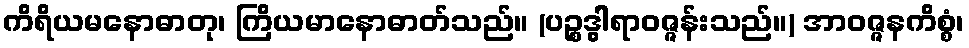
ကိရိယမနောဓာတု၊ ကြိယမာနောဓာတ်သည်။ (ပဉ္စဒွါရာဝဇ္ဇန်းသည်။) အာဝဇ္ဇနကိစ္စံ၊